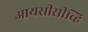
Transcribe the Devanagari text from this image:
आयसीसीव्हि